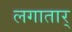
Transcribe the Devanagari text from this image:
लगातार्